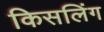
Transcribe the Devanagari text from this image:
किसलिंग